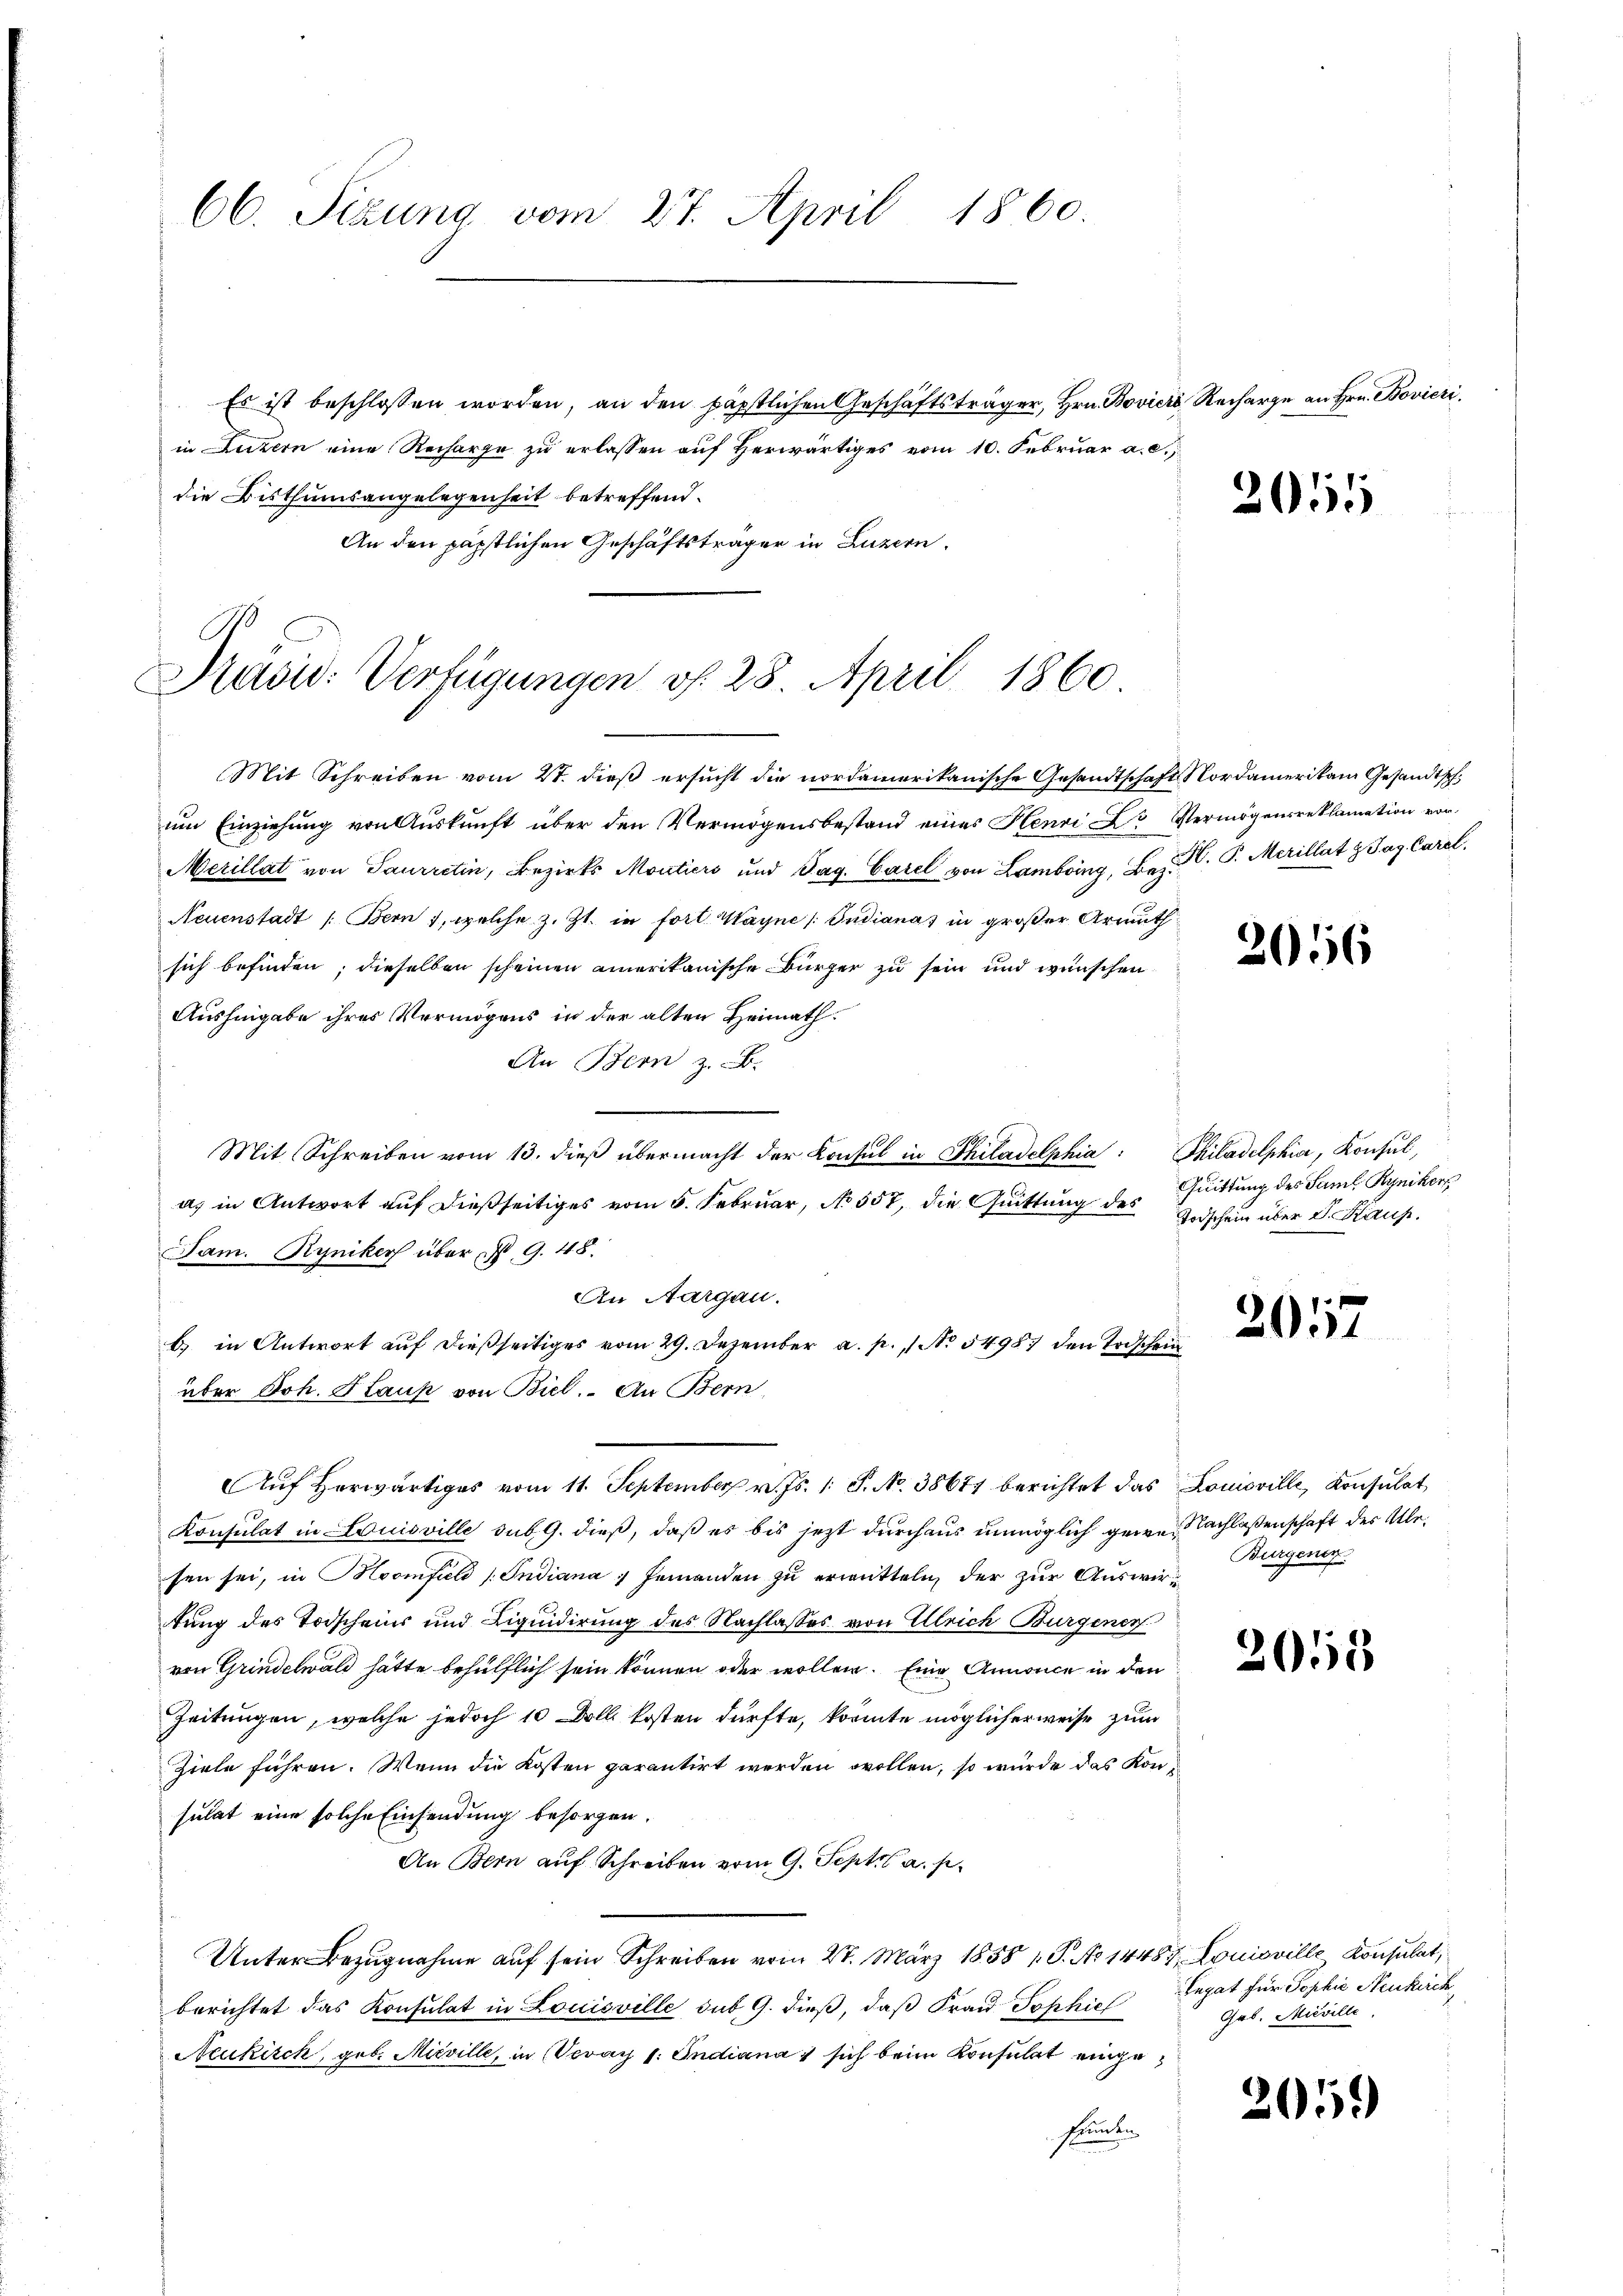
66. Sizung vom 27. April 1860.

Es ist beschlossen worden, an den päpstlichen Geschäftsträger, Hrn. Boviers Recharge an Hrn. Bovieri
in Luzern eine Recharge zu erlassen auf Herwärtiges vom 10. Februar a. c.
die Bisthumsangelegenheit betreffend.
An den päpstlichen Geschäftsträger in Luzern.

Präsid: Verfügungen v. 28. April 1860

Mit Schreiben vom 21. dieß ersucht die nordamerikanische Gesandtschaft Nordamerikan Gesandtschum Einziehung von Auskunft über den Vermögensbestand eines Henri Vermögensreklamation vor
Merillat von Saurretin, Bezirks Moutiers und Tag. Carel von Lambring, Bez. R. P. Merillat z Jaz Carel
Neuenstadt /: Bern 1, welche z. Zt. in fort Mayne / Jndiana in großer Armuth
sich befinden; dieselben scheinen amerikanische Bürger zu sein und wünschen
Aushingabe ihres Vermögens in der alten Heimath¬
An Bern z. B.
Mit Schreiben vom 13. dieß übermacht der Konsul in Philadelphia: Philadelphia, Konsul,
a) in Antwort auf dießseitiges vom 6. Februar, No 557, die Quittung des
Jam. Ryniker über ist G. 48.
An Aargau.
b.) in Antwort auf dießseitiges vom 29. Dezember a. p. 1 No 5495. den Todschein
über Joh. Kauf von Biel. An Bern,
Auf Herwärtiges vom 11. September v. Js. 1. P. No. 38671 berichtet das
Konsulat in Louisville sub. 9. dieß, daß es bis jezt durchaus unmöglich gewes Nachlassenschaft des Alesen sei, in Hoomfield (Indiana, Jemanden zu erwitteln, der zur Auswirtung des Todscheins und Liquidirung des Nachlasses von Ulrich Burgener
von Grindelwald hätte behülflich sein können oder wollen. Eine Annonce in den
Zeitungen, welche jedoch 10 Doll kosten dürfte, könnte möglicherweise zum
Ziele führen. Wenn die Kosten parantirt werden wollen, so würde das Konsulat eine solche Einsendung besorgen.
An Bern auf Schreiben vom 9. Sept. a. p.
Unter Bezugnahme auf sein Schreiben vom 27. März 1858 1 S. No 14487. Louisville Konsulat,
berichtet das Konsulat in Louisville sub 9. dieß, daß Frau Sophief
Neukirch, geb. Mieville, in Veray 1: Indiana & sich beim Konsulat eingefrunden

2015

2016

Quittung des Saml Ryniker
Todschein über Sr. Kauf.

2057

Louisville, Konsulat
Burgener

2055

Legat für Sophie Neukirch
Grb. Mieville.

2059